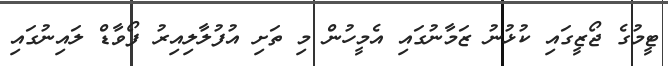
ޓީމުގެ ޖޯޒީގައި ކުޅުނު ޒަމާނުގައި އެމީހުން މި ތަށި އުފުލާލިއިރު ފޯވާޑް ލައިނުގައި